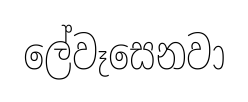
ලේවෑසෙනවා